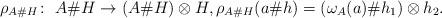
LaTeX: \begin{gather*}\rho _{A\# H}\colon \ A\# H\rightarrow (A\# H)\otimes H, \rho _{A\# H}(a\#h)=(\omega _A(a)\# h_1)\otimes h_2.\end{gather*}